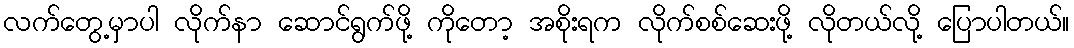
လက်တွေ့မှာပါ လိုက်နာ ဆောင်ရွက်ဖို့ ကိုတော့ အစိုးရက လိုက်စစ်ဆေးဖို့ လိုတယ်လို့ ပြောပါတယ်။